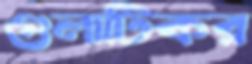
গুলাটিকর